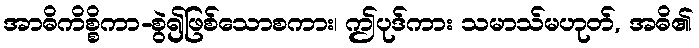
အာဓိကိစ္စိကာ-စွဲ၍ဖြစ်သောစကား၊ ဤပုဒ်ကား သမာသ်မဟုတ်, အဓိ၏